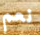
نعم